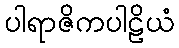
ပါရာဇိကပါဠိယံ